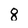
Character: 8